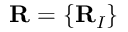
{ \bf R } = \{ { \bf R } _ { I } \}